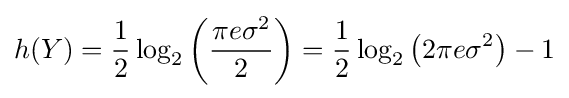
h(Y)={\frac {1}{2}}\log _{2}\left({\frac {\pi e\sigma ^{2}}{2}}\right)={\frac {1}{2}}\log _{2}\left(2\pi e\sigma ^{2}\right)-1